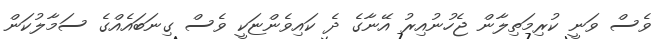
ވެސް ވަނީ ކުރިމަތިލާން ޖެހުނުއިރު އޭނާގެ ދެ ކައިވެންޏަކީ ވެސް ގިނަބައެއްގެ ސަމާލުކަން